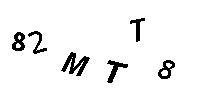
82MTT8